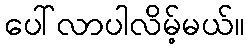
ပေါ်လာပါလိမ့်မယ်။